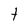
Character: t